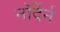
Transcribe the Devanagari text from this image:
नॉर्देर्न